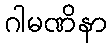
ဂါမဏိနာ